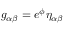
g _ { \alpha \beta } = e ^ { \phi } \eta _ { \alpha \beta }